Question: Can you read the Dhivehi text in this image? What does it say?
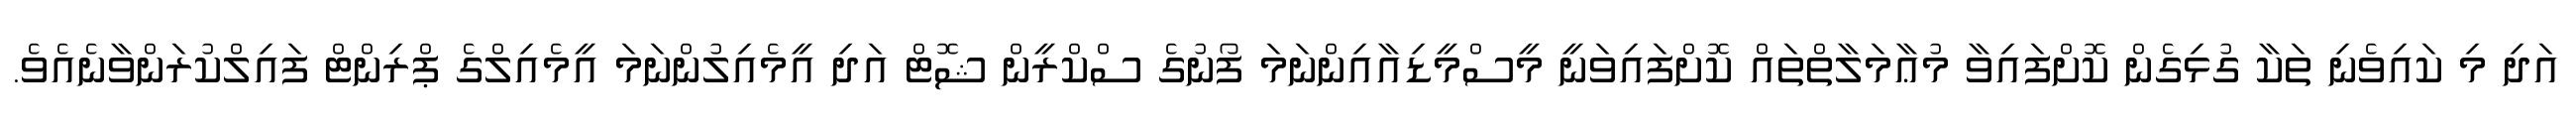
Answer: އަދި މި ކައިވެނި ތަކާ ގުޅިގެން ކޮށްފައިވާ މުޢާމަލާތްތައް ކޮށްފައިވަނީ މީސްމީޑިއާއިންނަމަ ފޯނުގެ ސްކްރީން ޝޮޓް އަދި އީމެއިލުންނަމަ އީމެއިލްގެ ޕްރިންޓް ފައިލްކުރަންވާނެއެވެ.